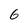
Character: 6